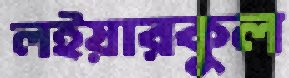
লইয়ারকুল